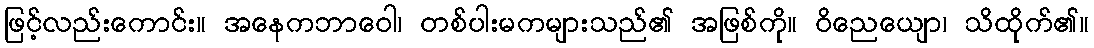
ဖြင့်လည်းကောင်း။ အနေကဘာဝေါ၊ တစ်ပါးမကများသည်၏ အဖြစ်ကို။ ဝိညေယျော၊ သိထိုက်၏။